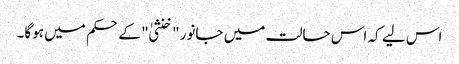
اس لیے کہ اس حالت میں جانور "خنثیٰ" کے حکم میں ہوگا۔